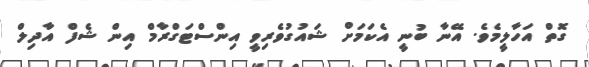
ގޮތް އަހާލީމެވެ. އޭނާ ބުނީ އެކަމަށް ޝައުގުވެރިވީ އިންސްޓަގްރާމް އިން ޝެފް އާދިލް